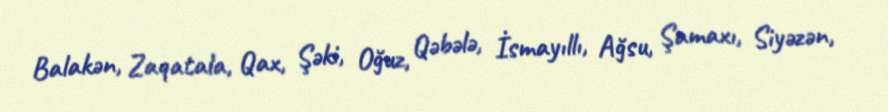
Balakən, Zaqatala, Qax, Şəki, Oğuz, Qəbələ, İsmayıllı, Ağsu, Şamaxı, Siyəzən,